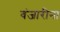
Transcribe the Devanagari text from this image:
वंजारीना